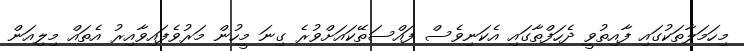
މިހަމަލާތަކުގައި ފާއިތުވީ ދެހަފްތާގައި އެކަނިވެސް ފައްސަތޭކައަށްވުރެ ގިނަ މީހުން މަރުވެފައިވާއިރު އެތައް މިލިއަން